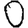
Digit: 0